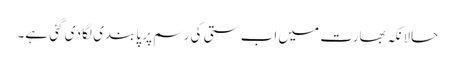
حالانکہ بھارت میں اب ستی کی رسم پر پابندی لگا دی گئی ہے۔